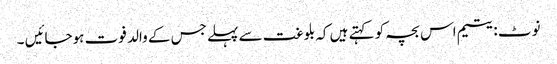
نوٹ :یتیم اس بچہ کو کہتے ہیں کہ بلوغت سے پہلے جس کے والد فوت ہوجائیں ۔